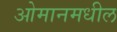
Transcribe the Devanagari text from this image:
ओमानमधील